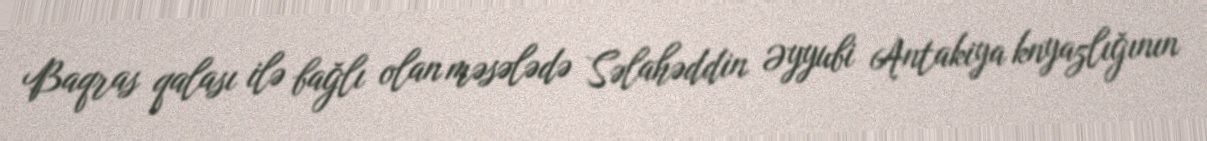
Baqras qalası ilə bağlı olan məsələdə Səlahəddin Əyyubi Antakiya knyazlığının